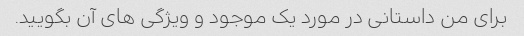
برای من داستانی در مورد یک موجود و ویژگی های آن بگویید.